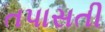
તપાસતી